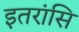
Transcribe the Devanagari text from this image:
इतरांसि